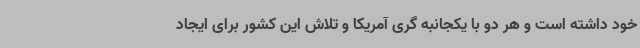
خود داشته است و هر دو با یکجانبه گری آمریکا و تلاش این کشور برای ایجاد